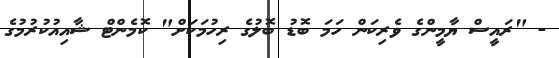
- "ރައީސް ޔާމީންގެ ވެރިކަން ހަމަ ބޮޑު ބޮލުގެ ރިހުމަކަށް" ކޮމެންޓް ޝާއިއުކުރުމުގެ